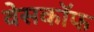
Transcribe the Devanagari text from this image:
वेसकॉफ